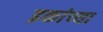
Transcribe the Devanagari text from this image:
इकांच्या